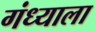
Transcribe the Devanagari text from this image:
गंध्याला